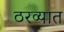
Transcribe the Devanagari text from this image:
ठरव्यात